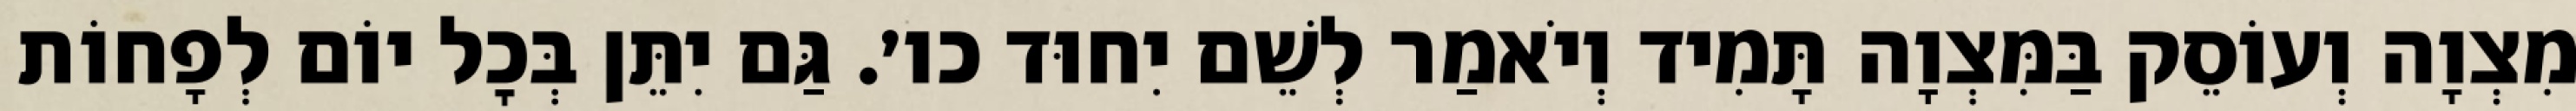
מִצְוָה וְעוֹסֵק בַּמִּצְוָה תָּמִיד וְיֹאמַר לְשֵׁם יִחוּד כו׳. גַּם יִתֵּן בְּכׇל יוֹם לְפָחוֹת